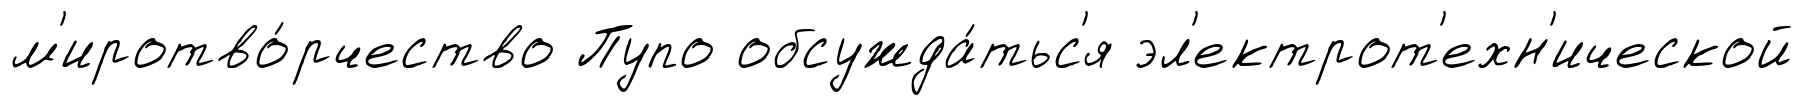
м'иротво́рчество Пупо обсужда́тьс'я эл'ектрот'ехн'ической